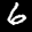
Label: 6